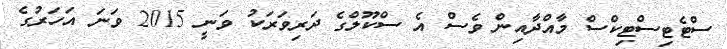
ސްޓެޓިސްޓިކްސް މާއްދާއިން ވެސް އެ ސްކޫލްގެ ދަރިވަރަކު ވަނީ 2015 ވަނަ އަހަރުގެ